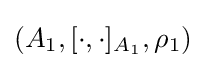
(A_{1},[\cdot ,\cdot ]_{A_{1}},\rho _{1})